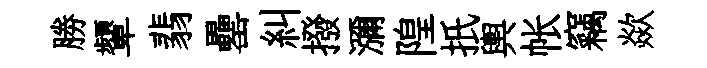
勝顰翡罍糾撥瀰隍扺輿帐竊歘